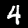
Label: 4